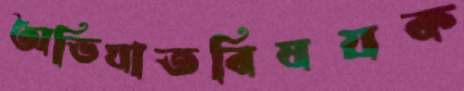
অভিঘাতবিষয়ক